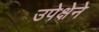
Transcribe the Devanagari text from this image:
उपेक्षेने